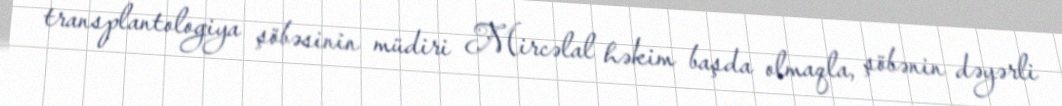
transplantologiya şöbəsinin müdiri Mircəlal həkim başda olmaqla, şöbənin dəyərli